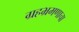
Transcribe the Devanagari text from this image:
ग्रहभ्रमणाचा